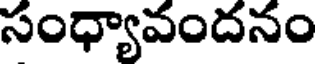
సంధ్యావందనం